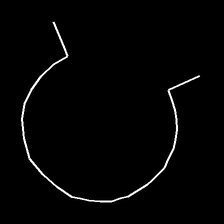
Glyph: weave